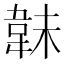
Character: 𩎟